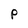
Character: P